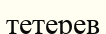
тетерев